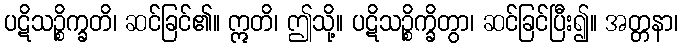
ပဋိသဉ္စိက္ခတိ၊ ဆင်ခြင်၏။ ဣတိ၊ ဤသို့။ ပဋိသဉ္စိက္ခိတွာ၊ ဆင်ခြင်ပြီး၍။ အတ္တနာ၊